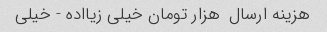
هزینه ارسال  هزار تومان خیلی زیااده - خیلی